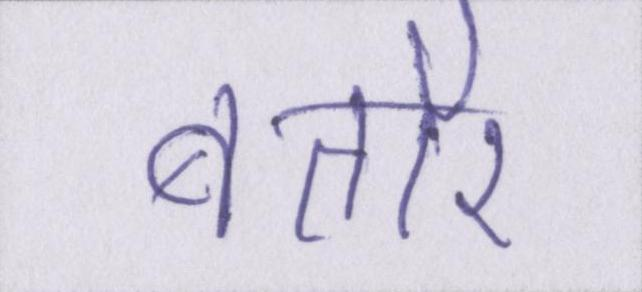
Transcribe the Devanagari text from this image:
बतौर